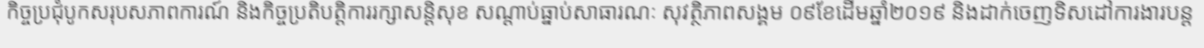
កិច្ចប្រជុំបូកសរុបសភាពការណ៍ និងកិច្ចប្រតិបត្តិការរក្សាសន្តិសុខ សណ្តាប់ធ្នាប់សាធារណៈ សុវត្ថិភាពសង្គម ០៩ខែដើមឆ្នាំ២០១៩ និងដាក់ចេញទិសដៅការងារបន្ត